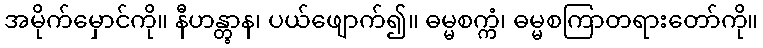
အမိုက်မှောင်ကို။ နီဟန္တွာန၊ ပယ်ဖျောက်၍။ ဓမ္မစက္ကံ၊ ဓမ္မစကြာတရားတော်ကို။